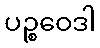
ပဉ္စဝေဒါ